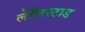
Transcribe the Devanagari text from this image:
लेलिस्टाड